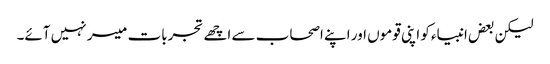
لیکن بعض انبیاء کو اپنی قوموں اور اپنے اصحاب سے اچھے تجربات میسر نہیں آئے۔